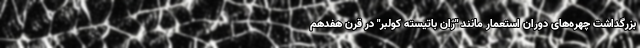
بزرگداشت چهره‌های دوران استعمار مانند "ژان باتیسته کولبر" در قرن هفدهم